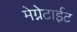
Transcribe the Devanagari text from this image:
मेग्नेटाईट